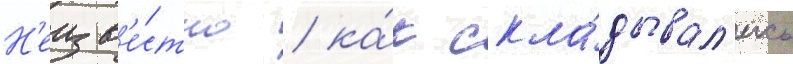
Н'еизв'е́стно / ка́к скла́дывал'ись